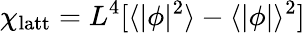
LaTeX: \chi_{\mathrm{latt}}=L^{4}[\langle|\phi|^{2}\rangle-\langle|\phi|\rangle^{2}]